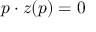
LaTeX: p \cdot z ( p ) = 0